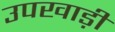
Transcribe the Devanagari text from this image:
उपखाड़ी